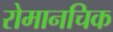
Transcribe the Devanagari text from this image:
रोमानचिक